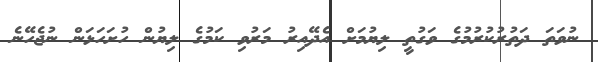
ނުވަތަ ދަތުރުކުރުމުގެ ވަގުތީ ލިޔުމަށް އެދޭއިރު މަރުވި ކަމުގެ ލިޔުން ހުށަހަޅަން ނުޖެހޭނެ